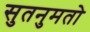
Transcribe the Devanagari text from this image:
सुतनुमतो